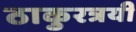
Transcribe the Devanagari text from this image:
ठाकुरत्रयी